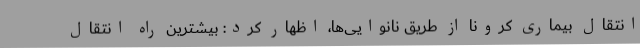
انتقال بیماری کرونا از طریق نانوایی‌ها، اظهار کرد: بیشترین راه انتقال